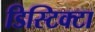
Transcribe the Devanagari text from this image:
डिस्टिक्टा